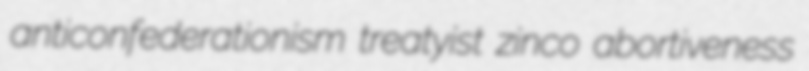
anticonfederationism treatyist zinco abortiveness